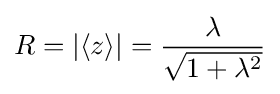
R=|\langle z\rangle |={\frac {\lambda }{\sqrt {1+\lambda ^{2}}}}